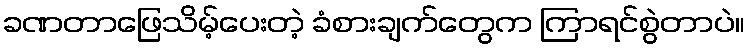
ခဏတာဖြေသိမ့်ပေးတဲ့ ခံစားချက်တွေက ကြာရင်စွဲတာပဲ။